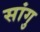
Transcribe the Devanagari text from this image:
सांगु